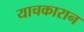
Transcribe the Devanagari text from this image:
याचकारान